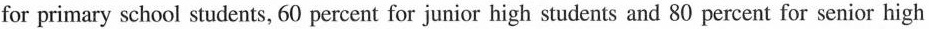
for primary school students, 60 percent for junior high students and 80 percent for senior high